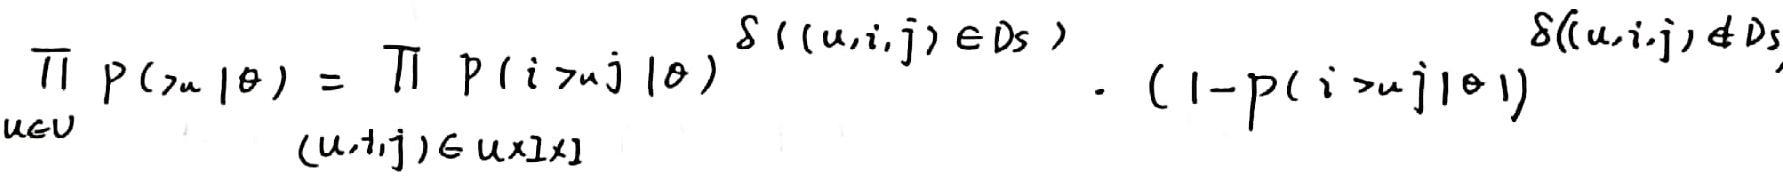
\[
\prod_{u \in V} P(\succ_u \mid \theta) = \prod_{(u, i, j) \in U \times I \times J} P(i \succ_u j \mid \theta)^{\delta((u, i, j) \in D_s)} \cdot (1 - P(i \succ_u j \mid \theta))^{\delta((u, i, j) \notin D_s)}
\]